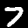
Label: 7